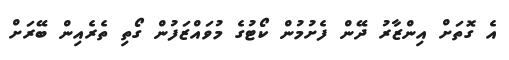
އެ ގޮތަށް އިންޒާރު ދޭން ފެށުމުން ކޯޓުގެ މުވައްޒަފުން ގޯތި ތެރެއިން ބޭރަށް